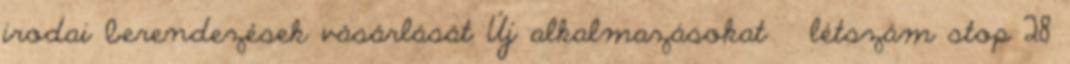
irodai berendezések vásárlását Új alkalmazásokat létszám stop 28